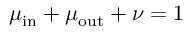
\mu _ { \mathrm { i n } } + \mu _ { \mathrm { o u t } } + \nu = 1